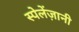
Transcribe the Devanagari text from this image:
स्पेलेंज़ानी